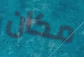
مكان